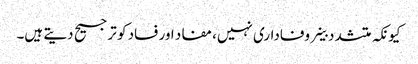
کیونکہ متشدد خلیے وفاداری نہیں، مفاد اور فساد کو ترجیح دیتے ہیں۔